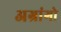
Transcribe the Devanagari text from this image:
अग्रांगो